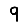
Digit: 9